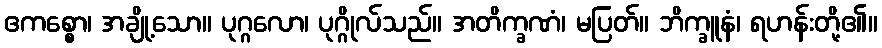
ဧကစ္စော၊ အချို့သော။ ပုဂ္ဂလော၊ ပုဂ္ဂိုလ်သည်။ အတိက္ခဏံ၊ မပြတ်။ ဘိက္ခူနံ၊ ရဟန်းတို့၏။